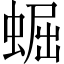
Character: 𧌑